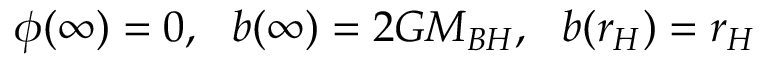
\phi ( \infty ) = 0 , \, \, \, \, b ( \infty ) = 2 G M _ { B H } , \, \, \, \, b ( r _ { H } ) = r _ { H }